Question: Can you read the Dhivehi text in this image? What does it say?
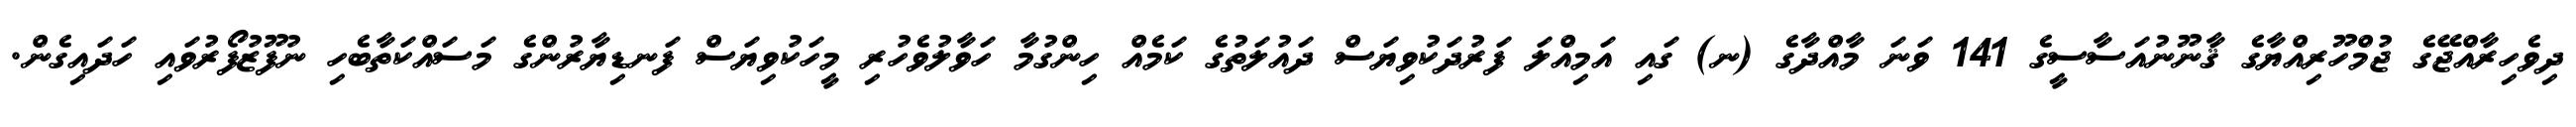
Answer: ދިވެހިރާއްޖޭގެ ޖުމްހޫރިއްޔާގެ ޤާނޫނުއަސާސީގެ 141 ވަނަ މާއްދާގެ (ނ) ގައި އަމިއްލަ ފަރުދަކުވިޔަސް ދައުލަތުގެ ކަމެއް ހިންގުމާ ހަވާލުވެހުރި މީހަކުވިޔަސް ފަނޑިޔާރުންގެ މަސައްކަތާބެހި ނުފޫޒުފޯރުވައި ހަދައިގެން.